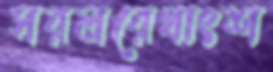
সরলরেখাংশ